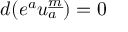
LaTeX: d ( e ^ { a } u _ { a } ^ { \underline { { { m } } } } ) = 0